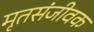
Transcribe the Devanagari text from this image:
मृतसंजीवक